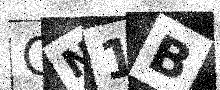
Text: QN1B